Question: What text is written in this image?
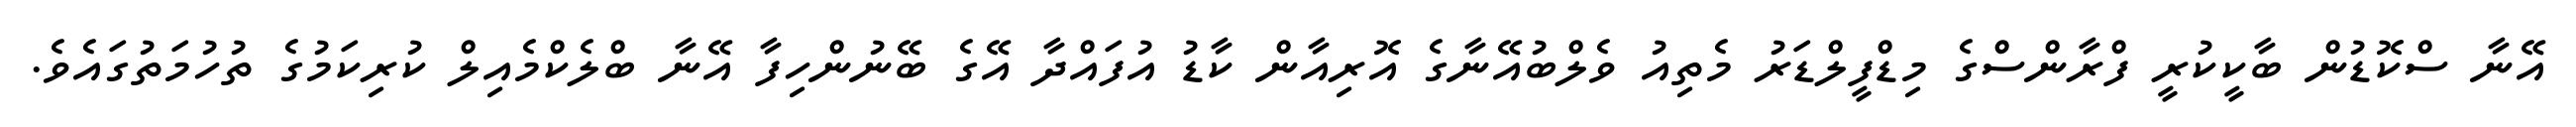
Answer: އޭނާ ސްކޮޑުން ބާކީކުރީ ފްރާންސްގެ މިޑްފީލްޑަރު މެތިއު ވެލްބުއޭނާގެ އޮރިއާން ކާޑު އުފައްދާ އޭގެ ބޭނުންހިފާ އޭނާ ބްލެކްމެއިލް ކުރިކަމުގެ ތުހުމަތުގައެވެ.